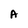
Character: A